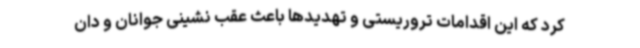
کرد که این اقدامات تروریستی و تهدیدها باعث عقب نشینی جوانان و دان